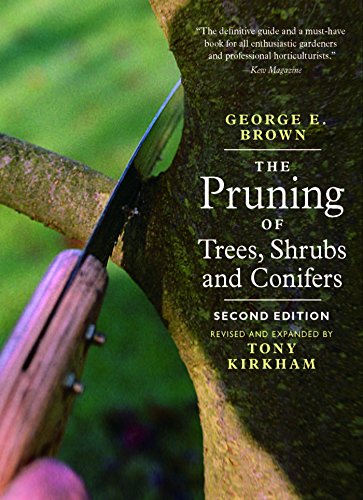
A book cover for The Pruning of Trees, Shrubs and Conifers: Second Edition; George E. Brown; Crafts, Hobbies & Home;